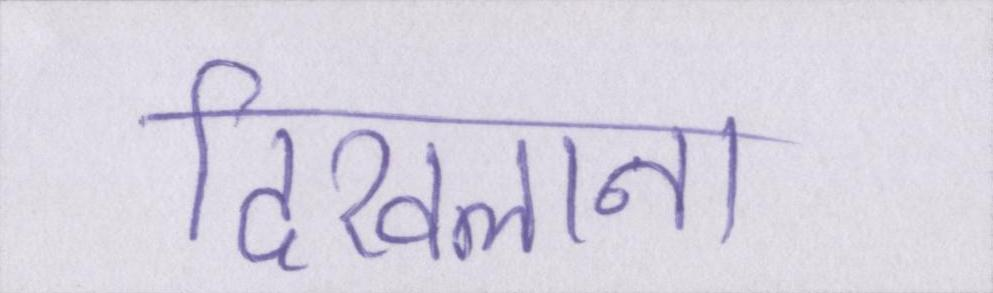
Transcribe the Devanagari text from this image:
दिखलाना